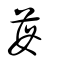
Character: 苺